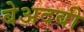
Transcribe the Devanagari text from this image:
बेअदबी